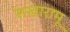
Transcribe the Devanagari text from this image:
सखारामू